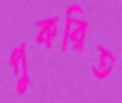
পুকরিত